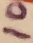
Text: 10